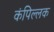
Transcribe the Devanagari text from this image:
कंपिल्लक